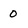
Character: 0